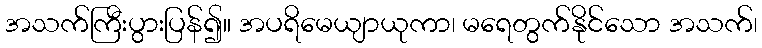
အသက်ကြီးပွားပြန်၍။ အပရိမေယျာယုကာ၊ မရေတွက်နိုင်သော အသက်၊